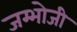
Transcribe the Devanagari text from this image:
जम्भोजी